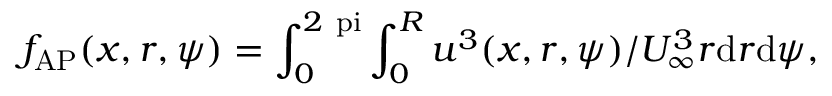
\centering f _ { \mathrm { A P } } ( x , r , \psi ) = \int _ { 0 } ^ { 2 \mathrm { \ p i } } \int _ { 0 } ^ { R } u ^ { 3 } ( x , r , \psi ) / U _ { \mathrm { \infty } } ^ { 3 } r \mathrm { d } r \mathrm { d } \psi ,